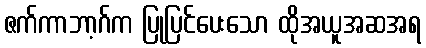
ဇက်ကာဘာ့ဂ်က ပြုပြင်ပေးသော ထိုအယူအဆအရ